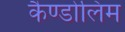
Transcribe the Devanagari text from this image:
कैण्डोलिम